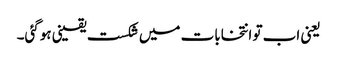
یعنی اب تو انتخابات میں شکست یقینی ہوگئی۔